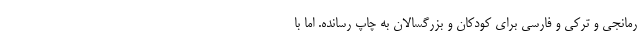
رمانجی و ترکی و فارسی برای کودکان و بزرگسالان به چاپ رسانده. اما با